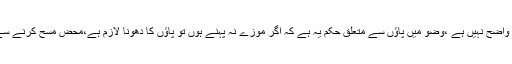
آپ کادوسرا سوال واضح نہیں ہے ،وضو میں پاؤں سے متعلق حکم یہ ہے کہ اگر موزے نہ پہنے ہوں تو پاؤں کا دھونا لازم ہے،محض مسح کرنے سے وضو نہیں ہوتا۔